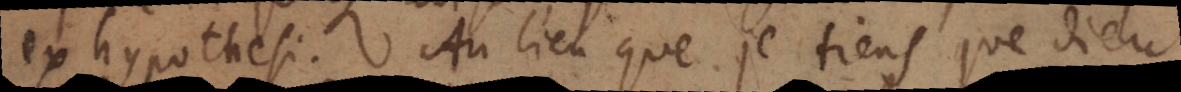
ex hypothesi. Au lieu que je tiens que Dieu